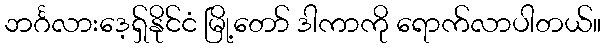
ဘင်္ဂလားဒေ့ရှ်နိုင်ငံ မြို့တော် ဒါကာကို ရောက်လာပါတယ်။